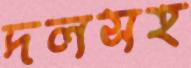
দলসহ